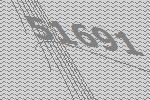
51691